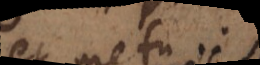
et metu.